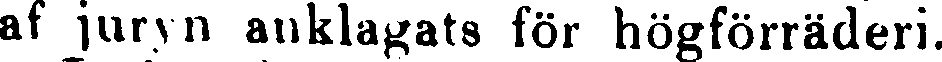
af juryn anklagats för högförräderi.